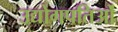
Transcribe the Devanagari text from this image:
उद्योगपतिओं